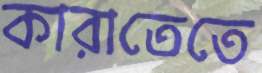
কারাতেতে